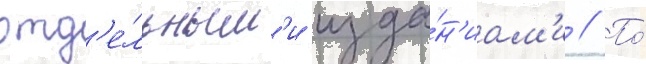
отд'е́льным'и изда́н'иам'и // По́